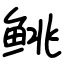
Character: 𬶐